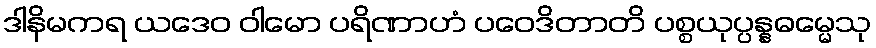
ဒါနိမကရ ယဒေဝ ဝါမော ပရိဏာဟံ ပဝေဒိတာတိ ပစ္စယုပ္ပန္နဓမ္မေသု